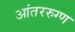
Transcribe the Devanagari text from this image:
आंतररुग्ण